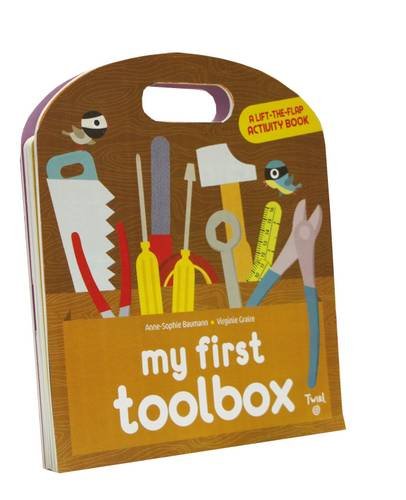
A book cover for My First Toolbox: A Lift-the-Flap Activity Book; Anne-Sophie Baumann; Children's Books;